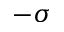
- \sigma